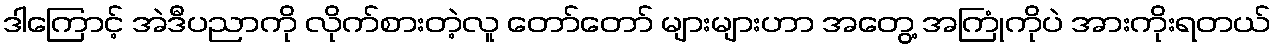
ဒါကြောင့် အဲဒီပညာကို လိုက်စားတဲ့လူ တော်တော် များများဟာ အတွေ့ အကြုံကိုပဲ အားကိုးရတယ်